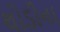
થોડીના